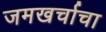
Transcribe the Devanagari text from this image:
जमखर्चाचा